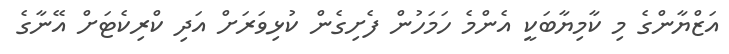
އަޒްޔާންގެ މި ކާމިޔާބަކީ އެންމެ ހަމަހުން ފެށިގެން ކުޅިވަރަށް އަދި ކްރިކެޓަށް އޭނާގެ